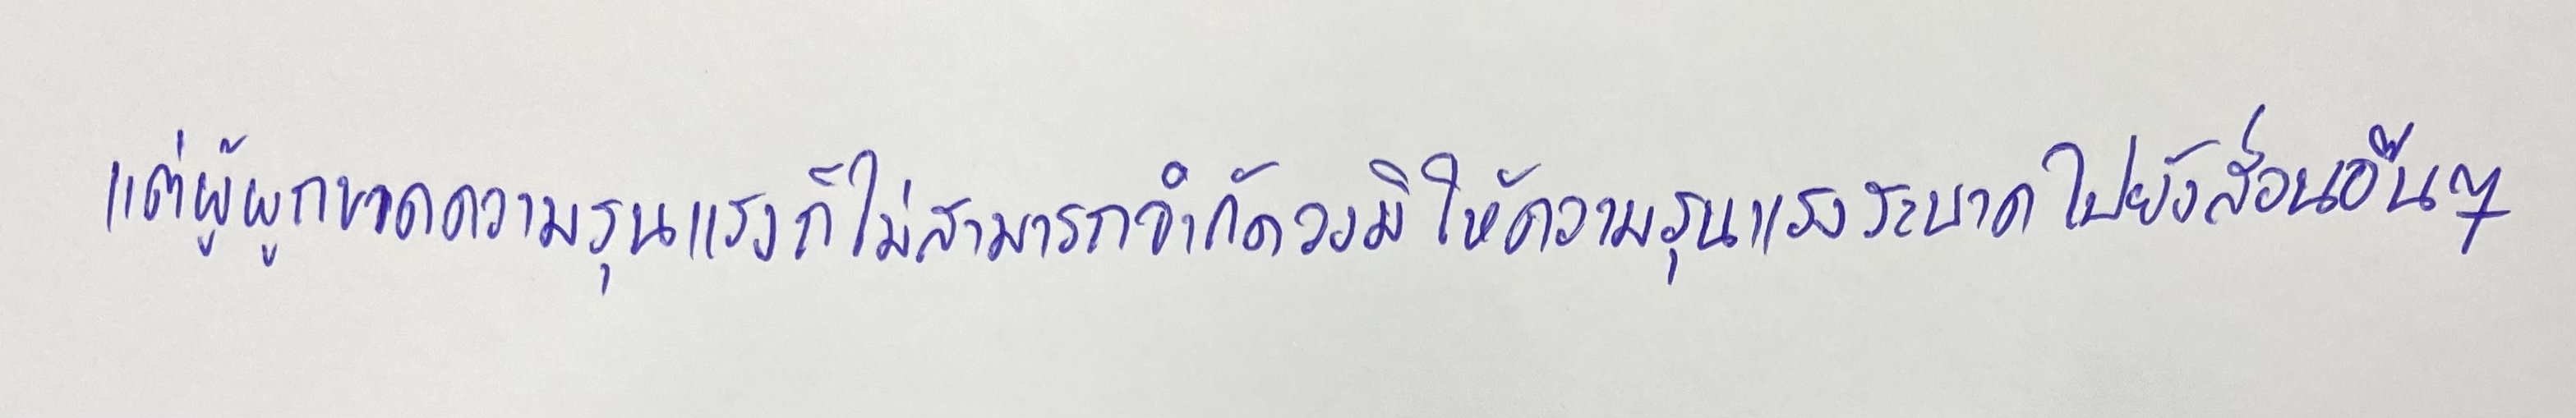
แต่ผู้ผูกขาดความรุนแรงก็ไม่สามารถจำกัดวงมิให้ความรุนแรงระบาดไปยังส่วนอื่นๆ